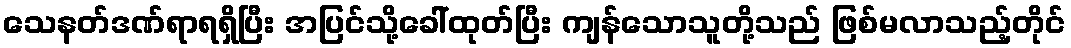
သေနတ်ဒဏ်ရာရရှိပြီး အပြင်သို့ခေါ်ထုတ်ပြီး ကျန်သောသူတို့သည် ဖြစ်မလာသည့်တိုင်